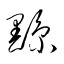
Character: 黥